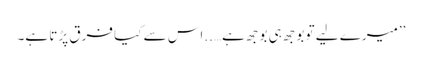
’’میرے لیے تو بوجھ ہی بوجھ ہے…..اس سے کیا فرق پڑتا ہے۔